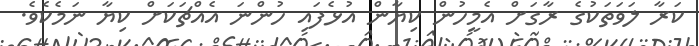
ކަރާ ލަވަތަކުގެ ރާގަށް އެމީހުން ކިޔާން އުޅެފައި ހުންނަ އެއްޗަކަށް ކިޔާ ނަމެކެވެ.